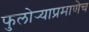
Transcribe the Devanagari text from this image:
फुलोर्‍याप्रमाणेच